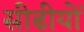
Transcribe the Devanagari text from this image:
सीढीयों